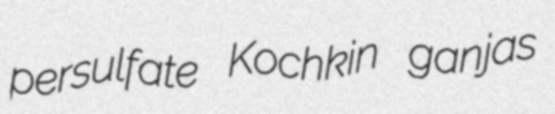
persulfate Kochkin ganjas